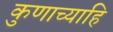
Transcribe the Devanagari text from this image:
कुणाच्याहि